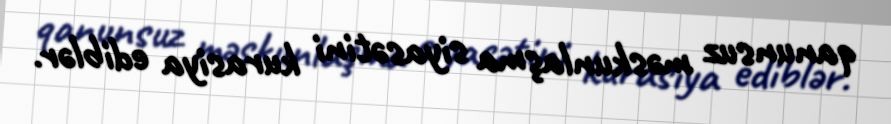
qanunsuz məskunlaşma siyasətini kurasiya ediblər.